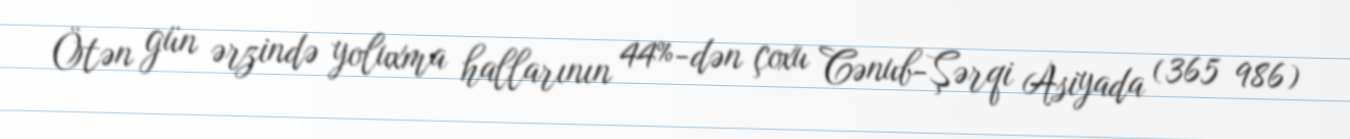
Ötən gün ərzində yoluxma hallarının 44%-dən çoxu Cənub-Şərqi Asiyada (365 986)